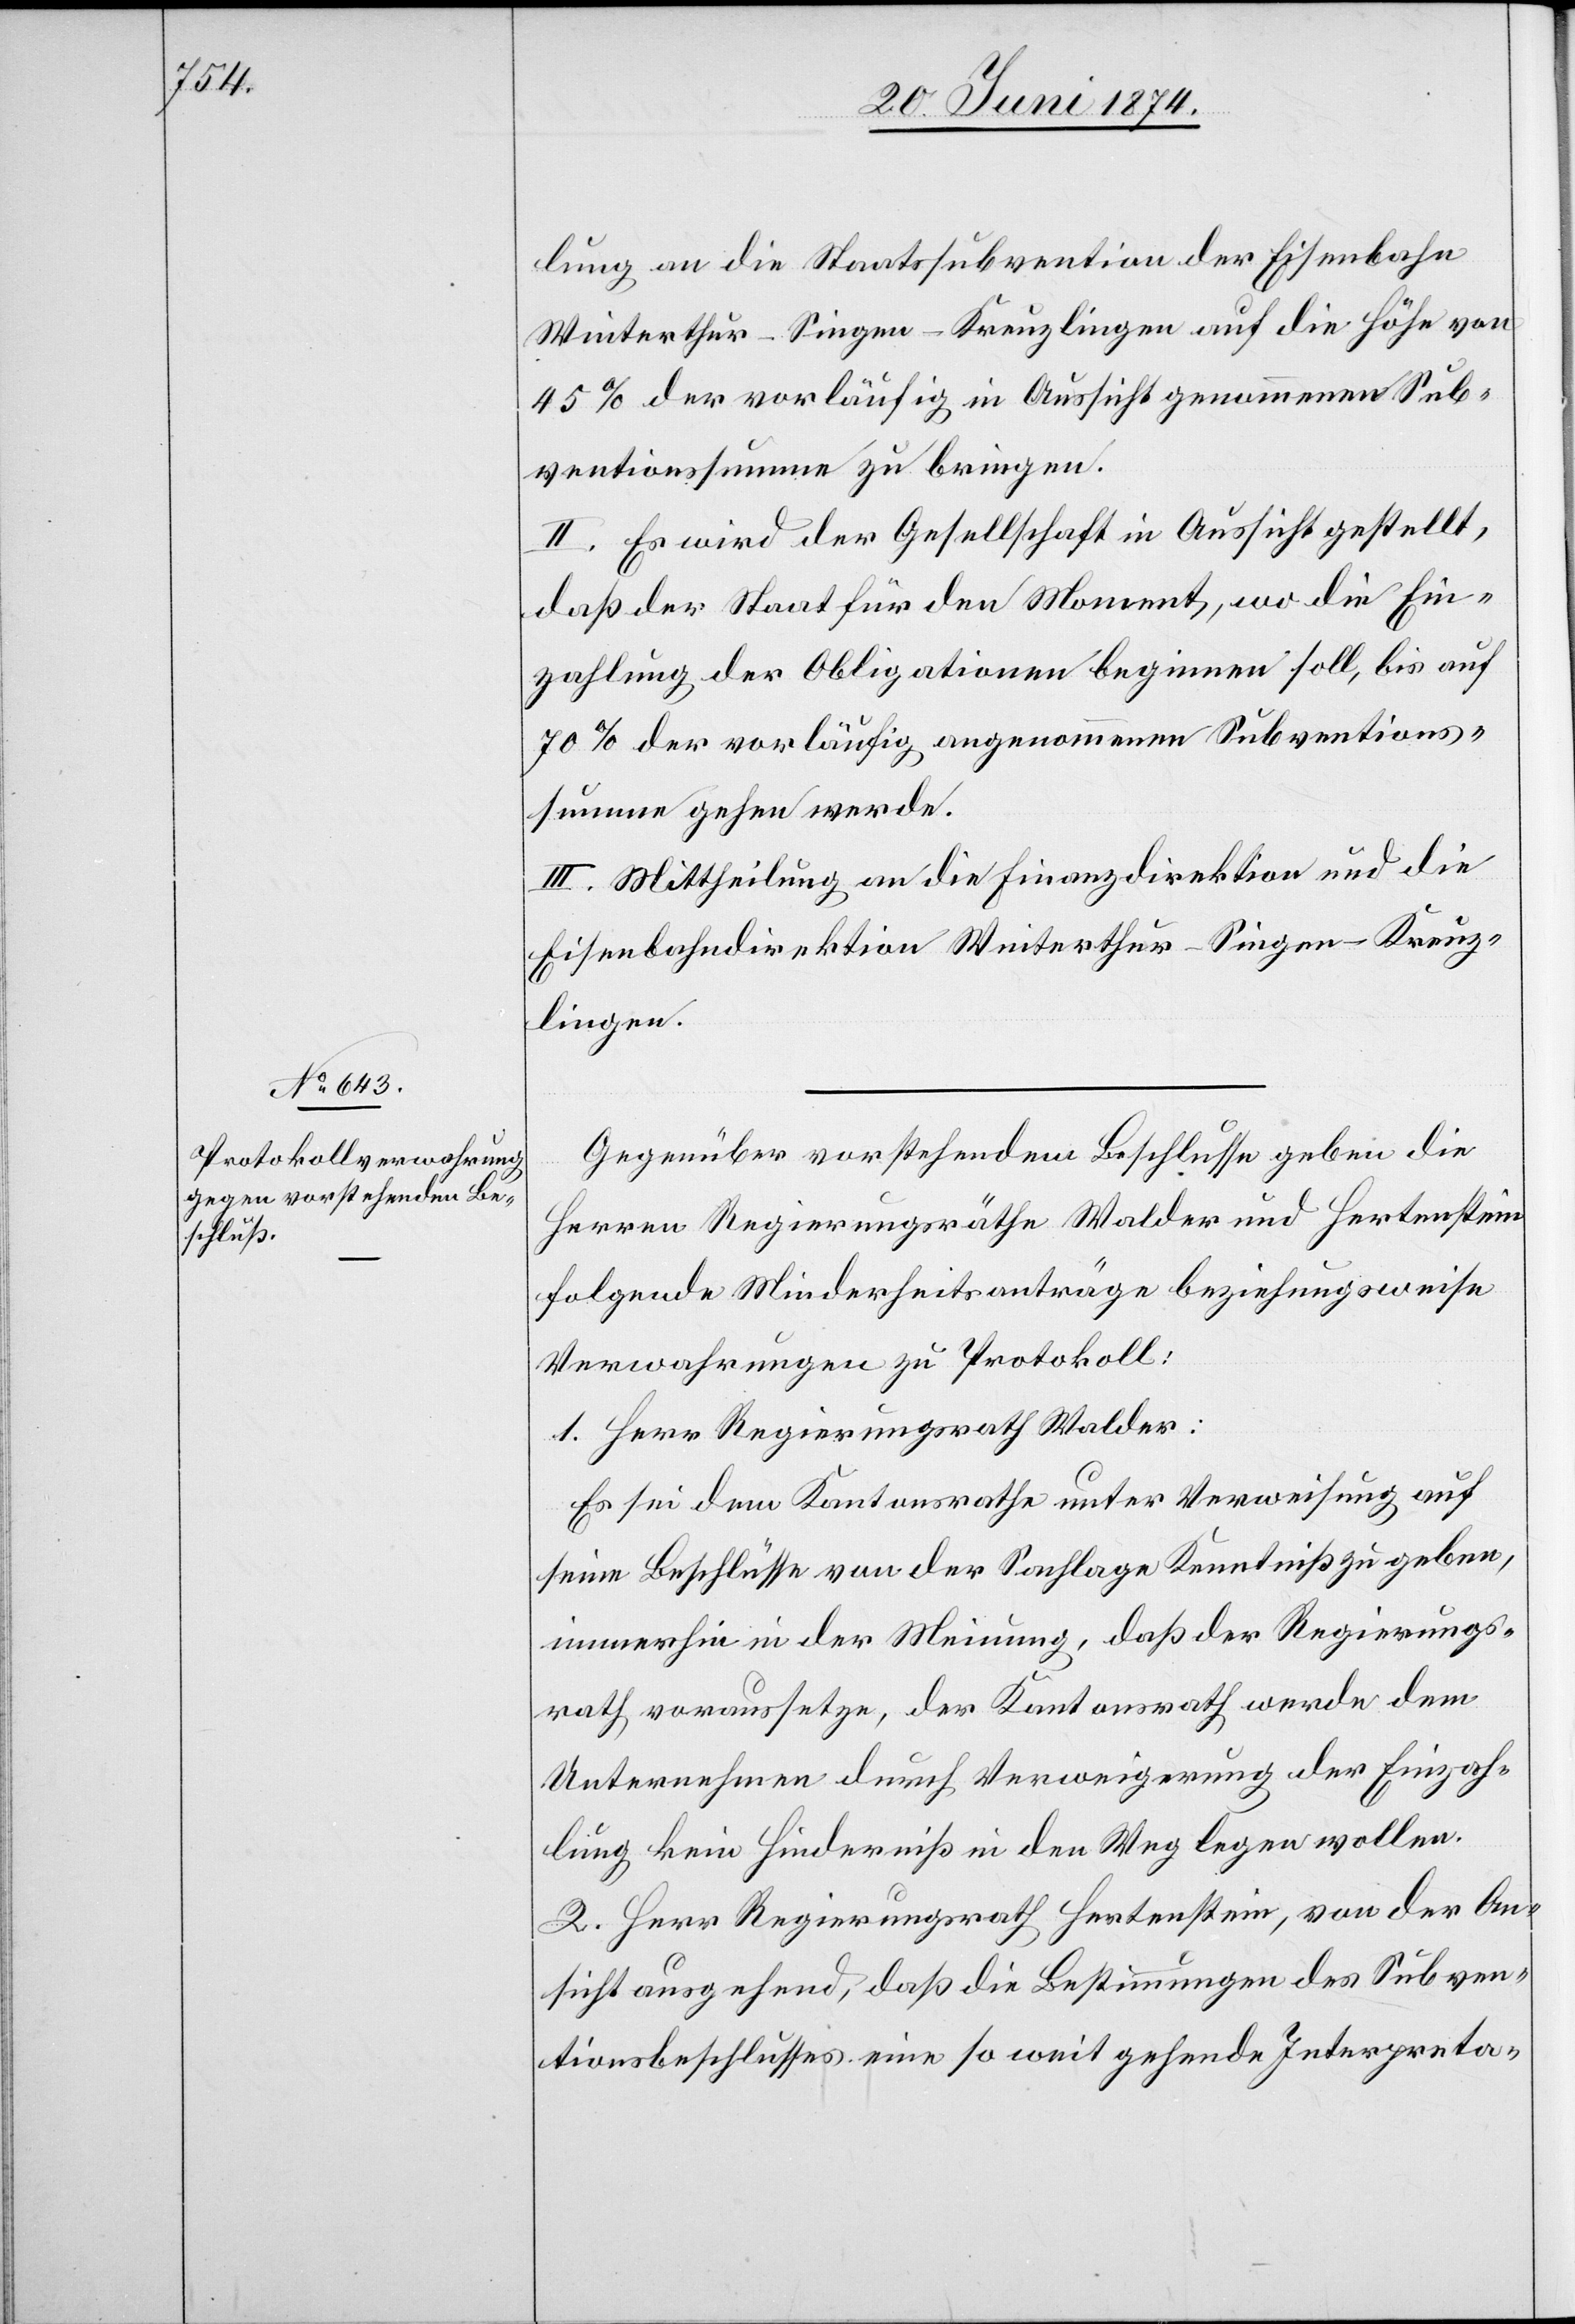
lung an die Staatssubvention der Eisenbahn
Winterthur-Singen-Kreuzlingen auf die Höhe von
45% der vorläufig in Aussicht genommenen Sub¬
ventionssumme zu bringen.
II. Es wird der Gesellschaft in Aussicht gestellt,
daß der Staat für den Moment, wo die Ein¬
zahlung der Obligationen beginnen soll, bis auf
70% der vorläufig angenommenen Subventions¬
summe gehen werde.
III. Mittheilung an die Finanzdirektion und die
Eisenbahndirektion Winterthur-Singen-Kreuz¬
lingen.
Gegenüber vorstehendem Beschlusse geben die
Herren Regierungsräthe Walder und Hertenstein
folgende Minderheitsanträge beziehungsweise
Verwahrungen zu Protokoll:
1. Herr Regierungsrath Walder:
Es sei dem Kantonsrathe unter Verweisung auf
seine Beschlüsse von der Sachlage Kenntniß zu geben,
immerhin in der Meinung, daß der Regierungs¬
rath voraussetze, der Kantonsrath werde dem
Unternehmen durch Verweigerung der Einzah¬
lung kein Hinderniß in den Weg legen wollen.
2. Herr Regierungsrath Hertenstein, von der An¬
sicht ausgehend, daß die Bestimmungen des Subven¬
tionsbeschlusses eine so weit gehende Interpreta-